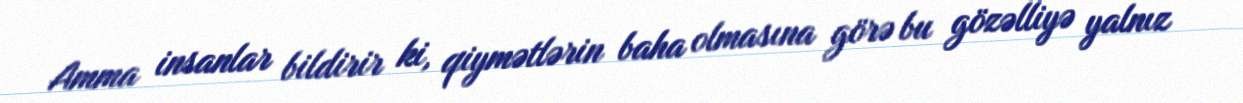
Amma insanlar bildirir ki, qiymətlərin baha olmasına görə bu gözəlliyə yalnız